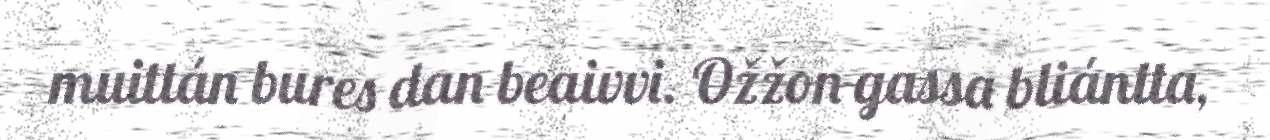
muittán bures dan beaivvi. Ožžon gassa bliántta,